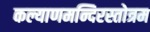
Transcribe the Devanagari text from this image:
कल्याणमन्दिरस्तोत्रम